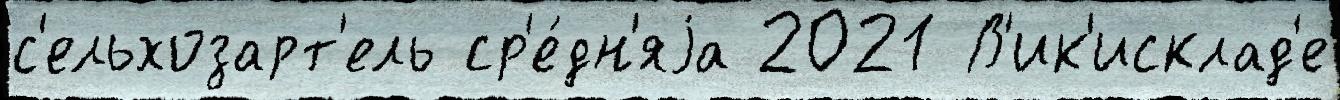
с'ельхозарт'ель ср'е́дн'яjа 2021 В'ик'исклад'е